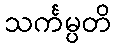
သင်္ကမ္ပတိ